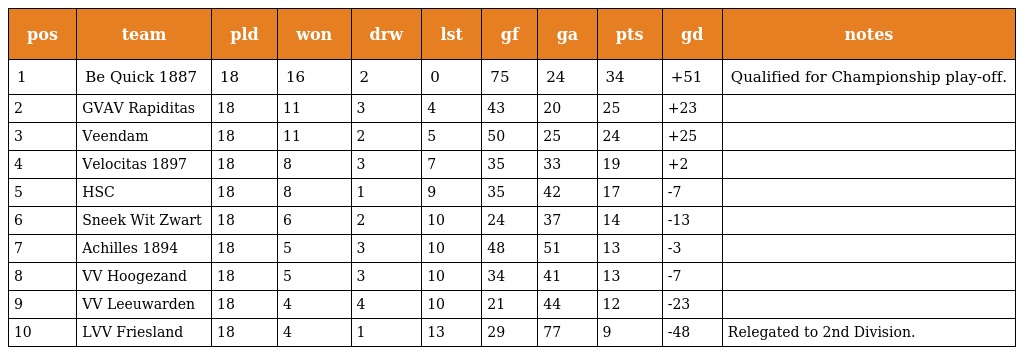
| pos | team | pld | won | drw | lst | gf | ga | pts | gd | notes |
 | --- | --- | --- | --- | --- | --- | --- | --- | --- | --- | --- |
 | 1 | Be Quick 1887 | 18 | 16 | 2 | 0 | 75 | 24 | 34 | +51 | Qualified for Championship play-off. |
 | 2 | GVAV Rapiditas | 18 | 11 | 3 | 4 | 43 | 20 | 25 | +23 |  |
 | 3 | Veendam | 18 | 11 | 2 | 5 | 50 | 25 | 24 | +25 |  |
 | 4 | Velocitas 1897 | 18 | 8 | 3 | 7 | 35 | 33 | 19 | +2 |  |
 | 5 | HSC | 18 | 8 | 1 | 9 | 35 | 42 | 17 | -7 |  |
 | 6 | Sneek Wit Zwart | 18 | 6 | 2 | 10 | 24 | 37 | 14 | -13 |  |
 | 7 | Achilles 1894 | 18 | 5 | 3 | 10 | 48 | 51 | 13 | -3 |  |
 | 8 | VV Hoogezand | 18 | 5 | 3 | 10 | 34 | 41 | 13 | -7 |  |
 | 9 | VV Leeuwarden | 18 | 4 | 4 | 10 | 21 | 44 | 12 | -23 |  |
 | 10 | LVV Friesland | 18 | 4 | 1 | 13 | 29 | 77 | 9 | -48 | Relegated to 2nd Division. |